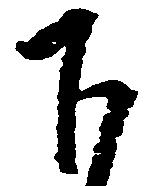
下